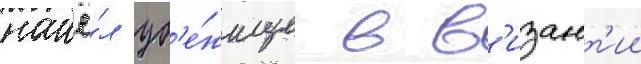
нашё́л уб'е́жище в в'изант'ии